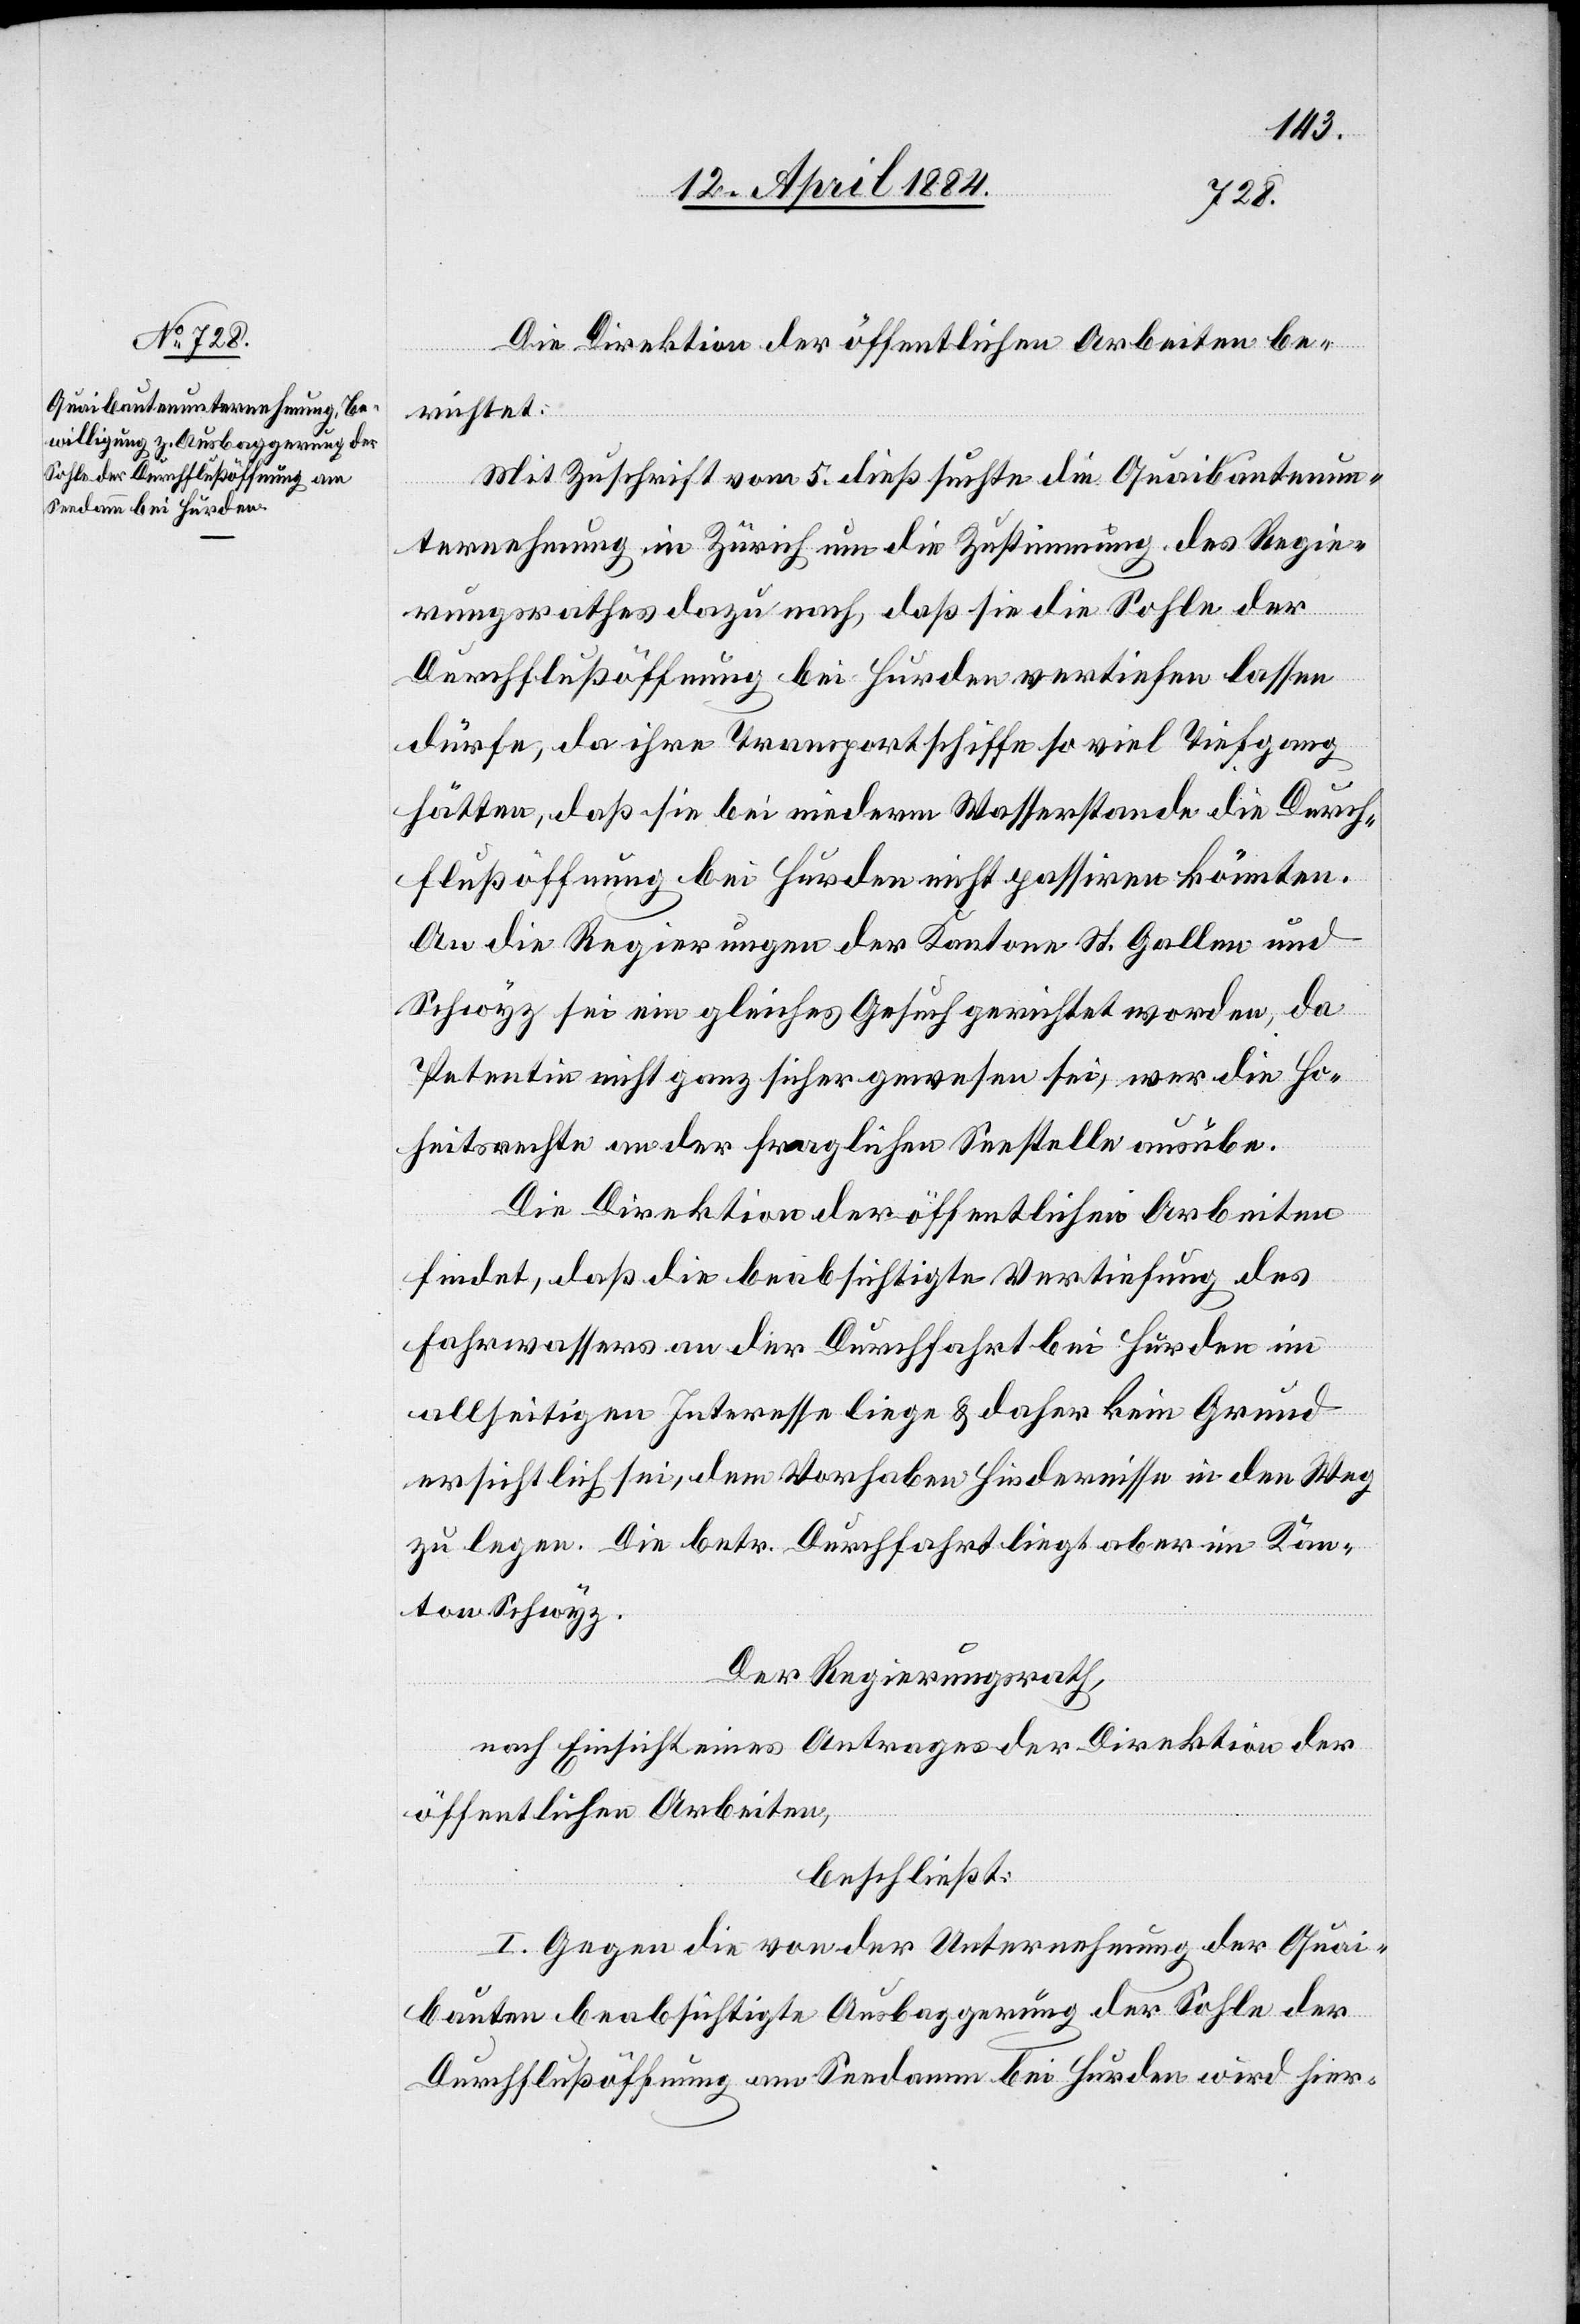
Die Direktion der öffentlichen Arbeiten be¬
richtet:
Mit Zuschrift vom 5. dieß suchte die Quaibautenun¬
ternehmung in Zürich um die Zustimmung des Regie¬
rungsrathes dazu nach, daß sie die Sohle der
Durchflußöffnung bei Hurden vertiefen lassen
dürfe, da ihre Transportschiffe so viel Tiefgang
hätten, daß sie bei niederm Wasserstande die Durch¬
flußöffnung bei Hurden nicht passiren könnten.
An die Regierungen der Kantone St. Gallen und
Schwyz sei ein gleiches Gesuch gerichtet worden, da
Petentin nicht ganz sicher gewesen sei, wer die Ho¬
heitsrechte an der fraglichen Seestelle ausübe.
Die Direktion der öffentlichen Arbeiten
findet, daß die beabsichtige Vertiefung des
Fahrwassers an der Durchfahrt bei Hurden im
allseitigen Interesse liege & daher kein Grund
ersichtlich sei, dem Vorhaben Hindernisse in den Weg
zu legen Die betr. Durchfahrt liegt aber im Kan¬
ton Schwyz.
Der Regierungsrath,
nach Einsicht eines Antrages der Direktion der
öffentlichen Arbeiten,
beschließt:
I. Gegen die von der Unternehmung der Quai¬
bauten beabsichtigte Ausbaggerung der Sohle der
Durchflußöffnung am Seedamm bei Hurden wird hier-